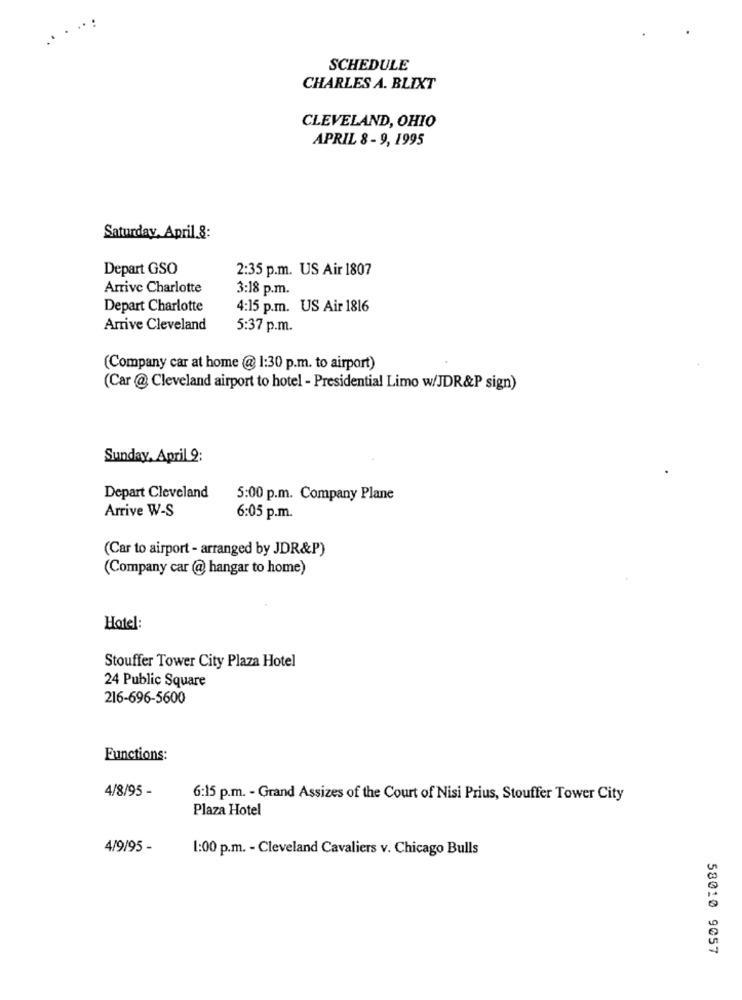
SCHEDULE
CHARLES A. BLIXT
CLEVELAND, OHIO
APRIL 8 - 9, 1995
Saturday, April.8:
Depart GSO
2:35 p.m. US Air 1807
Arrive Charlotte
3:18 p.m.
Depart Charlotte
4:15 p.m. US Air 1816
Arrive Cleveland
5:37 p.m.
(Company car at home @ 1:30 p.m. to airport)
(Car @ Cleveland airport to hotel - Presidential Limo w/JDR&P sign)
Sunday, April 2:
Depart Cleveland
5:00 p.m. Company Plane
Arrive W-S
6:05 p.m.
(Car to airport - arranged by JDR&P)
(Company car @ hangar to home)
Hotel:
Stouffer Tower City Plaza Hotel
24 Public Square
216-696-5600
Functions:
4/8/95 -
6:15 p.m. - Grand Assizes of the Court of Nisi Prius, Stouffer Tower City
Plaza Hotel
4/9/95 -
1:00 p.m. - Cleveland Cavaliers v. Chicago Bulls
58010 9057